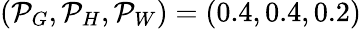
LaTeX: (\mathcal{P}_{G},\mathcal{P}_{H},\mathcal{P}_{W})=(0.4,0.4,0.2)